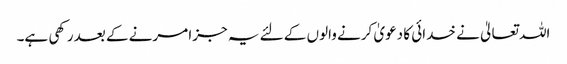
اللہ تعالیٰ نے خدائی کا دعویٰ کرنے والوں کے لئے یہ جزا مرنے کے بعد رکھی ہے۔